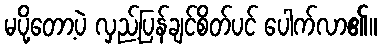
မပို့တော့ပဲ လှည့်ပြန်ချင်စိတ်ပင် ပေါက်လာ၏။